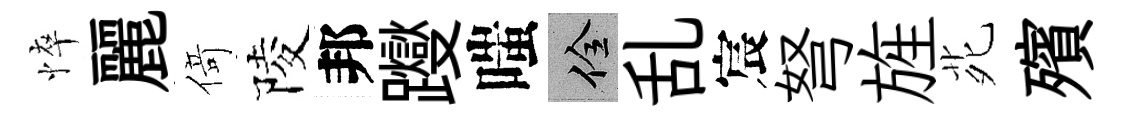
悴麗𠋣陵邦躞嗤佺乱宸弩旌𫟍殯